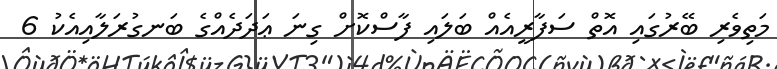
މަތިވެރި ބޭރުގައި އޮތް ސަފާރީއެއް ބަލައި ފާސްކޮށް ގިނަ ޢަދަދެއްގެ ބަނގުރަލާއިއެކު 6